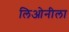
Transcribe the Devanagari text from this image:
लिओनीला